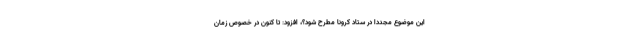
این موضوع مجدداً در ستاد کرونا مطرح شود؟، افزود: تا کنون در خصوص زمان